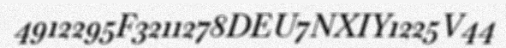
4912295F3211278DEU7NXIY1225V44